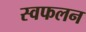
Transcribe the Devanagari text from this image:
स्वफलन